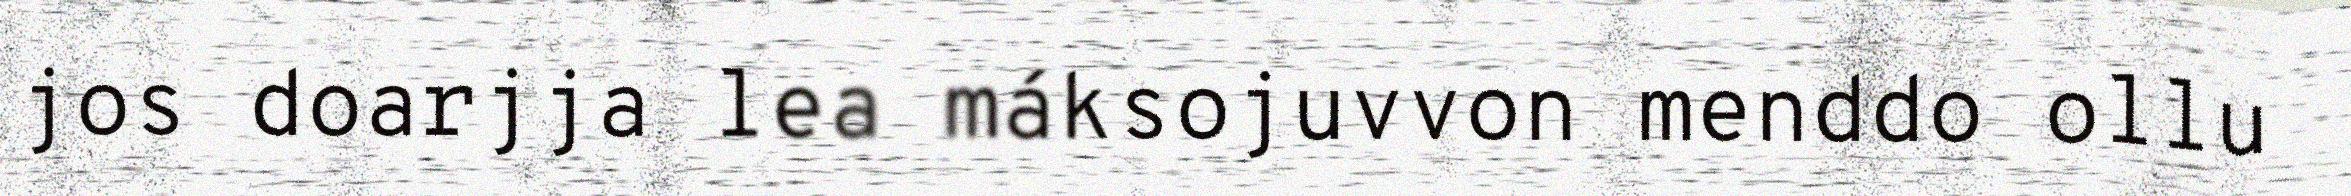
jos doarjja lea máksojuvvon menddo ollu